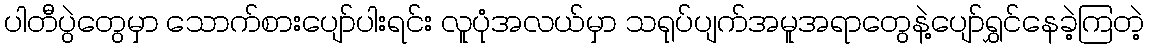
ပါတီပွဲတွေမှာ သောက်စားပျော်ပါးရင်း လူပုံအလယ်မှာ သရုပ်ပျက်အမူအရာတွေနဲ့ပျော်ရွှင်နေခဲ့ကြတဲ့